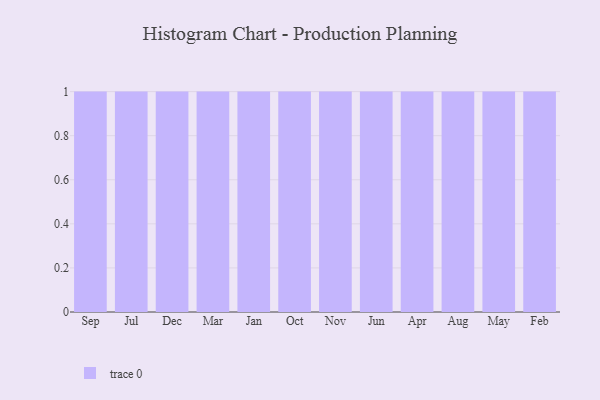
{"axis": {"x": "Month", "y": "Page Views"}, "legend": [""], "data": [{"x": "Sep", "y": 51, "type": ""}, {"x": "Jul", "y": 67, "type": ""}, {"x": "Dec", "y": 84, "type": ""}, {"x": "Mar", "y": 75, "type": ""}, {"x": "Jan", "y": 76, "type": ""}, {"x": "Oct", "y": 11, "type": ""}, {"x": "Nov", "y": 30, "type": ""}, {"x": "Jun", "y": 40, "type": ""}, {"x": "Apr", "y": 48, "type": ""}, {"x": "Aug", "y": 68, "type": ""}, {"x": "May", "y": 23, "type": ""}, {"x": "Feb", "y": 69, "type": ""}]}